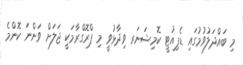
މި ބައްދަލުވުމުގައި ޑެޕިއުޓީ ކޮމިޝަނަރ ވިދާޅުވީ މި ޕްރޮގްރާމަކީ ޖަލަށް ވަންނަ ކޮންމެ